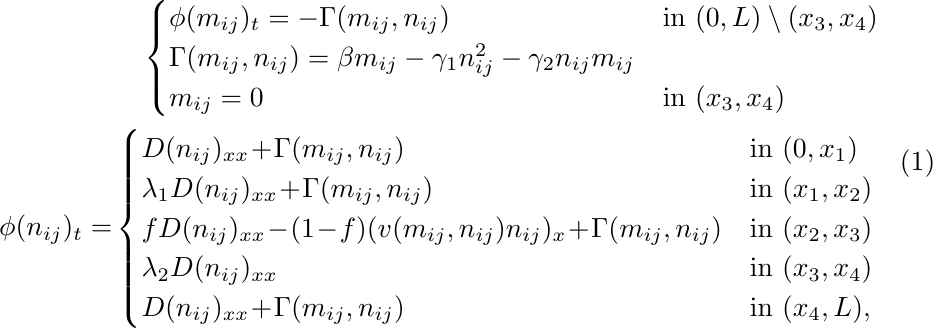
\begin{equation}\label{equ edge}
\begin{aligned}
&\quad \begin{cases}
\phi (m_{ij})_t=-\Gamma(m_{ij},n_{ij})&\text{in }(0,L)\setminus (x_3,x_4)\\
\Gamma(m_{ij},n_{ij}) = \beta m_{ij} - \gamma_{1} n_{ij}^{2} - \gamma_{2} n_{ij} m_{ij} \\
m_{ij}=0 &\text{in }(x_3,x_4)
\end{cases}\\
\phi (n_{ij})_t=&
\begin{cases}
D(n_{ij})_{xx}\!+\!\Gamma(m_{ij},n_{ij})&\text{in }(0,x_1)\\
\lambda_1D(n_{ij})_{xx}\!+\!\Gamma(m_{ij},n_{ij})&\text{in }(x_1,x_2)\\
f D(n_{ij})_{xx}\!-\! (1\!-\!f) (v(m_{ij},n_{ij})n_{ij})_x \!+\!\Gamma(m_{ij},n_{ij})&\text{in }(x_2,x_3)\\
\lambda_2D(n_{ij})_{xx}&\text{in }(x_3,x_4)\\
D(n_{ij})_{xx}\!+\!\Gamma(m_{ij},n_{ij})&\text{in }(x_4,L),\\
\end{cases}
\end{aligned}
\end{equation}